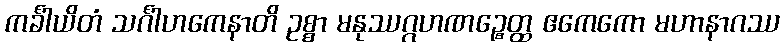
ကင်္ခါယိတံ သင်္ဂါဟကေနာတိ ဥစ္စာ မနုဿဂ္ဂဟဏဉ္စေတ္ထ ဧကေကော မဟာနာဂဿ